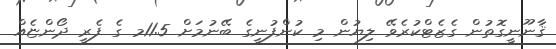
ޤާނޫނީގޮތުން ގެޒެޓްކުރެވޭ ލިޔުން މި ކުންފުނީގެ ބޭނުމަށް 11.5މ ގެ ފެރީ ދޯންޏެއް